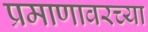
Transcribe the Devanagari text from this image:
प्रमाणावरच्या